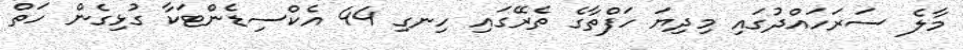
މާލެ ސަރަހައްދުގައި މިދިޔަ ހަފްތާގެ ތެރޭގައި ހިނގި 44 އެކްސިޑެންޓަކާ ގުޅިގެން ހަތް